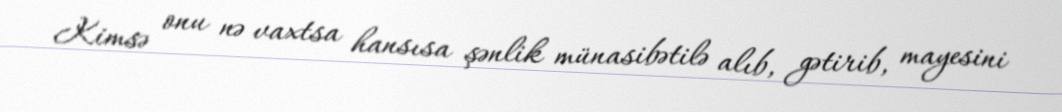
Kimsə onu nə vaxtsa hansısa şənlik münasibətilə alıb, gətirib, mayesini